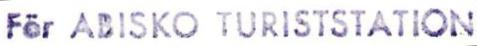
För ABISKO TURISTSTATION